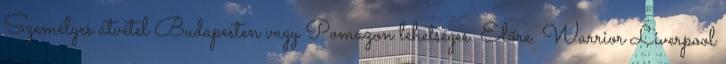
Személyes átvétel Budapesten vagy Pomázon lehetséges. Előre. Warrior Liverpool